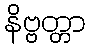
နိဗ္ဗတ္တာ